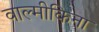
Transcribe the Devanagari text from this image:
वाल्मीकिना